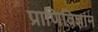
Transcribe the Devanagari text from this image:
प्राणिविज्ञान